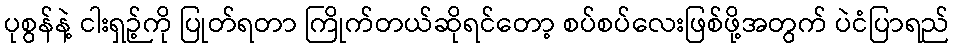
ပုစွန်နဲ့ ငါးရှဉ့်ကို ပြုတ်ရတာ ကြိုက်တယ်ဆိုရင်တော့ စပ်စပ်လေးဖြစ်ဖို့အတွက် ပဲငံပြာရည်